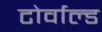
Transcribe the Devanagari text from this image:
टोर्वाल्ड